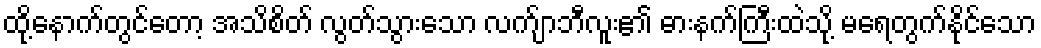
ထို့နောက်တွင်တော့ အသိစိတ် လွတ်သွားသော လက်ျာဘီလူး၏ ဓားနက်ကြီးထဲသို့ မရေတွက်နိုင်သော